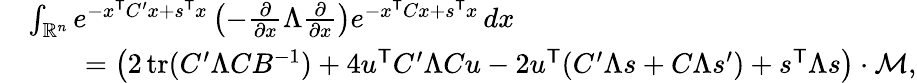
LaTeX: {\begin{array}{rl}&{\int_{\mathbb{R}^{n}}e^{-x^{\mathsf{T}}C^{\prime}x+s^{\mathsf{T}}x}\left(-{\frac{\partial}{\partial x}}\Lambda{\frac{\partial}{\partial x}}\right)e^{-x^{\mathsf{T}}Cx+s^{\mathsf{T}}x}\, dx}\\ &{\qquad=\left(2\operatorname{tr}(C^{\prime}\Lambda CB^{-1})+4u^{\mathsf{T}}C^{\prime}\Lambda Cu-2u^{\mathsf{T}}(C^{\prime}\Lambda s+C\Lambda s^{\prime})+s^{\mathsf{T}}\Lambda s\right)\cdot{\mathcal{M}},}\end{array}}